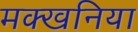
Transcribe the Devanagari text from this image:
मक्खनिया